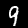
Label: 9